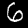
Digit: 6